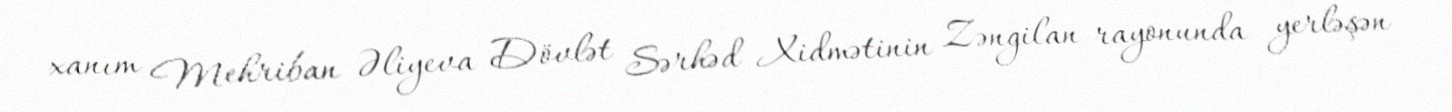
xanım Mehriban Əliyeva Dövlət Sərhəd Xidmətinin Zəngilan rayonunda yerləşən